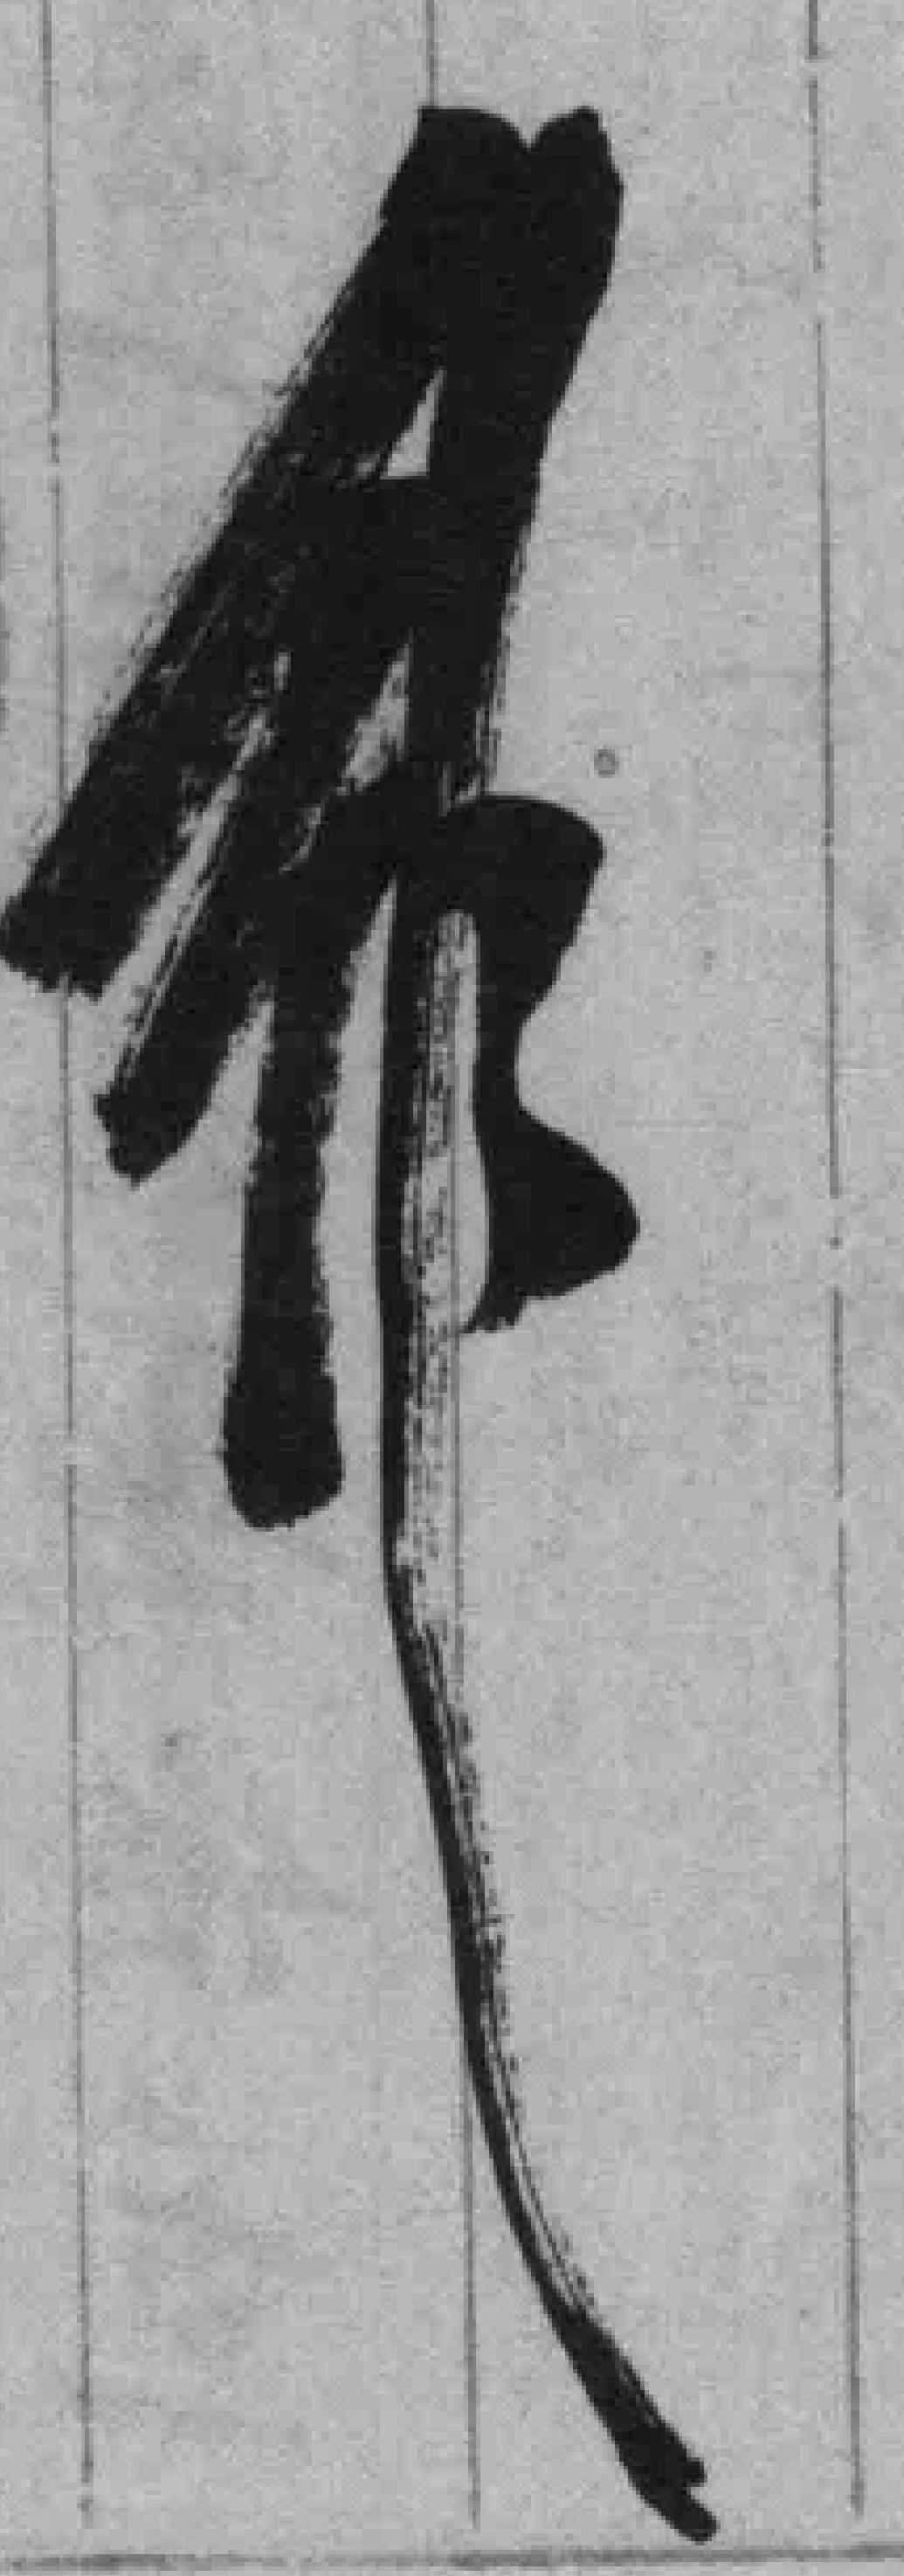
*